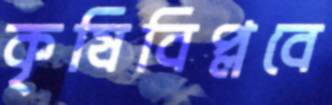
কৃষিবিপ্লবে